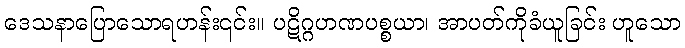
ဒေသနာပြောသောရဟန်း၎င်း။ ပဋိဂ္ဂဟဏပစ္စယာ၊ အာပတ်ကိုခံယူခြင်း ဟူသော